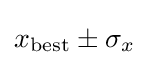
x_{\text{best}}\pm \sigma _{x}